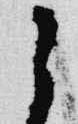
之